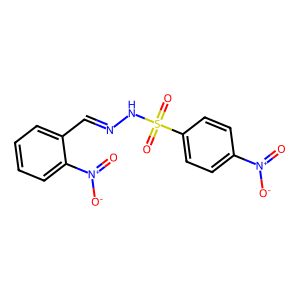
SMILES: O=[N+]([O-])c1ccc(S(=O)(=O)NN=Cc2ccccc2[N+](=O)[O-])cc1
Inhibits HIV replication: No